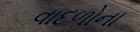
વાદળોના